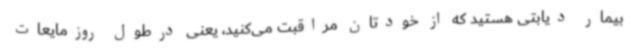
بیمار دیابتی هستید که از خودتان مراقبت می‌کنید، یعنی درطول روزمایعات